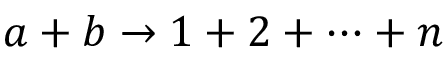
a + b \rightarrow 1 + 2 + \cdots + n